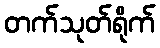
တက်သုတ်ရိုက်